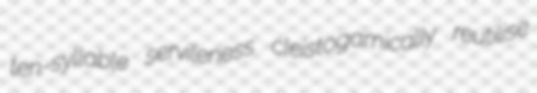
ten-syllable servileness cleistogamically reutilise